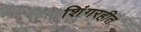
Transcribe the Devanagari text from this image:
शिंगरहीत